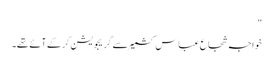
"
خواجہ شجاع عباس کشمیر سے گریجویشن کرکے آئے تھے۔